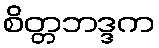
စိတ္တဘဒ္ဒက